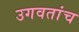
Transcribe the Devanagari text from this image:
उगवतांच